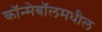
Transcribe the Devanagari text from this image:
कॉन्मेबॉलमधील